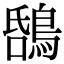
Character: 𪁝